Annual statistical returns and brief notes on vaccination in Bengal - 1909-1929
Year: 1909
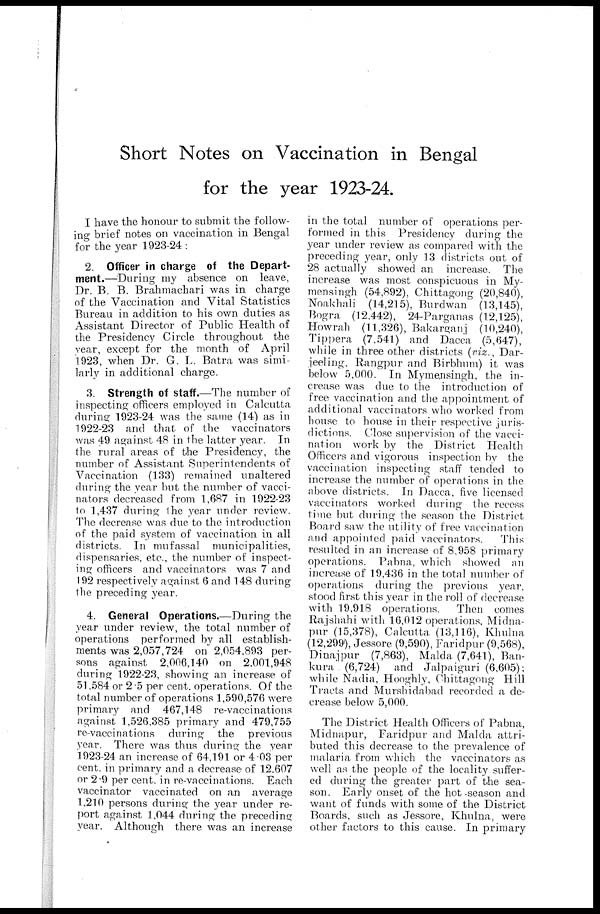
Short Notes on Vaccination in Bengal
for the year 1923-24.
I have the honour to submit the follow-
ing- brief notes on vaccination in Bengal
for the year 1923-24 :
2. Officer in charge of the Depart-
ment.—During my absence on leave,
Dr. B. B. Brahmachari was in charge
of the Vaccination and Vital Statistics
Bureau in addition to his own duties as
Assistant Director of Public Health of
the Presidency Circle throughout the
year, except for the month of April
1923, when Dr. G. L. Batra was simi-
larly in additional charge.
3. Strength of staff.—The number of
inspecting officers employed in Calcutta
during 1923-24 was the same (14) as in
1922-23 and that of the vaccinators
was 49 against 48 in the latter year. In
the rural areas of the Presidency, the
number of Assistant Superintendents of
Vaccination (133) remained unaltered
during the year but the number of vacci-
nators decreased from 1,687 in 1922-23
to 1,437 during the year under review.
The decrease was due to the introduction
of the paid system of vaccination in all
districts. In mufassal municipalities,
dispensaries, etc., the number of inspect-
ing officers and vaccinators was 7 and
192 respectively against 6 and 148 during
the preceding year.
4. General Operations.—During the
year under review, the total number of
operations performed by all establish-
ments was 2,057,724 on 2,054,893 per-
sons against 2,006,140 on 2,001,948
during 1922-23, showing an increase of
51,584 or 2.5 per cent. operations. Of the
total number of operations 1,590,576 were
primary and 467,148 re-vaccinations
against 1,526,385 primary and 479,755
re-vaccinations during the previous
year. There was thus during the year
1923-24 an increase of 64,191 or 4.03 per
cent. in primary and a decrease of 12,607
or 2.9 per cent. in re-vaccinations. Each
vaccinator vaccinated on an average
1,210 persons during the year under re-
port against 1,044 during the preceding
year. Although there was an increase
in the total number of operations per-
formed in this Presidency during the
year under review as compared with the
preceding year, only 13 districts out of
28 actually showed an increase. The
increase was most conspicuous in My-
mensingh (54,892), Chittagong (20,840),
Noakhali (14,215), Burdwan (13,145),
Bogra (12,442), 24-Parganas (12,125),
Howrah (11,326), Bakarganj (10,240),
Tippera (7,541) and Dacca (5,647),
while in three other districts (viz., Dar-
jeeling, Rangpur and Birbhum) it was
below 5,000. In Mymensingh, the in-
crease was due to the introduction of
free vaccination and the appointment of
additional vaccinators who worked from
house to house in their respective juris-
dictions. Close supervision of the vacci-
nation work by the District Health
Officers and vigorous inspection by the
vaccination inspecting staff tended to
increase the number of operations in the
above districts. In Dacca, five licensed
vaccinators worked during the recess
time but during the season the District
Board saw the utility of free vaccination
and appointed paid vaccinators.
This
resulted in an increase of 8,958 primary
operations. Pabna, which showed an
increase of 19,436 in the total number of
operations during the previous year,
stood first this year in the roll of decrease
with 19,918 operations. Then comes
Rajshahi with 16,012 operations, Midna-
pur (15,378), Calcutta (13,116), Khulna
(12,299), Jessore (9,590), Faridpur (9,568),
Dinajpur (7,863), Malda (7,641), Ban-
kura (6,724) and Jalpaiguri (6,605);
while Nadia, Hooghly, Chittagong Hill
Tracts and Murshidabad recorded a de-
crease below 5,000.
The District Health Officers of Pabna,
Midnapur, Faridpur and Malda attri-
buted this decrease to the prevalence of
malaria from which the vaccinators as
well as the people of the locality suffer-
ed during the greater part of the sea-
son. Early onset of the hot season and
want of funds with some of the District
Boards, such as Jessore, Khulna, were
other factors to this cause. In primary